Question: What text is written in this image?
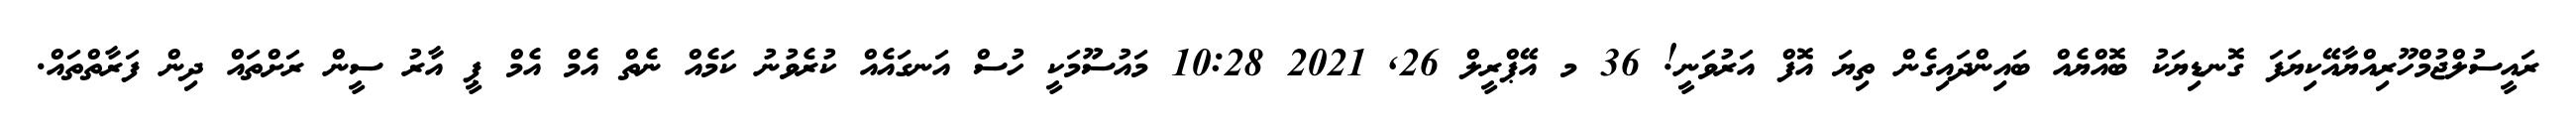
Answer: ރައީސުލްޖުމްހޫރިއްޔާއޭކިޔަފަ ގޮނޑިޔަކު ބޮއްޔެއް ބައިންދައިގެން ތިޔަ އޮފް އަރުވަނީ! 36 މ އޭޕްރީލް 26, 2021 10:28 މައުސޫމަކީ ހުސް އަނގައެއް ކުރެވުނު ކަމެއް ނެތް އެމް އެމް ޕީ އާރު ސީން ރަށްތައް ދިން ފަރާތްތައް.